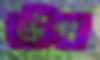
উপ